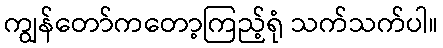
ကျွန်တော်ကတော့ကြည့်ရုံ သက်သက်ပါ။